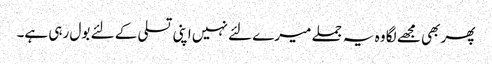
پھر بھی مجھے لگا وہ یہ جملے میرے لئے نہیں اپنی تسلی کے لئے بول رہی ہے۔